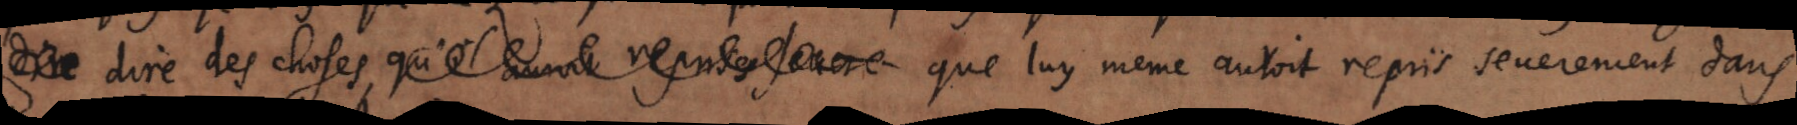
dire des choses qu’il _ que luy même auroit repris severement dans